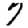
Digit: 7